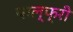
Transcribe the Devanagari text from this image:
पाल्फ्री